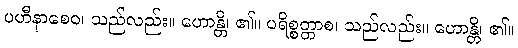
ပဟီနာစေဝ၊ သည်လည်း။ ဟောန္တိ၊ ၏။ ပရိစ္စတ္တာစ၊ သည်လည်း။ ဟောန္တိ၊ ၏။